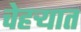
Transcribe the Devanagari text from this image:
चेहऱ्यात